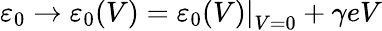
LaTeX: \varepsilon_{0}\to\varepsilon_{0}(V)=\left.\varepsilon_{0}(V)\right\vert_{V=0}+\gamma eV